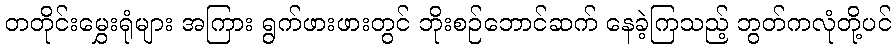
တတိုင်းမွှေးရုံများ အကြား ရွက်ဖားဖားတွင် ဘိုးစဉ်ဘောင်ဆက် နေခဲ့ကြသည့် ဘွတ်ကလုံတို့ပင်